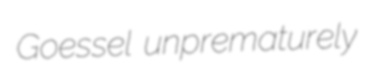
Goessel unprematurely